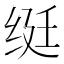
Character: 𬘩